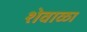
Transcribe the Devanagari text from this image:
शेवाळा